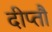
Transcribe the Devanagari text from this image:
दीप्तौ